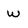
Character: w